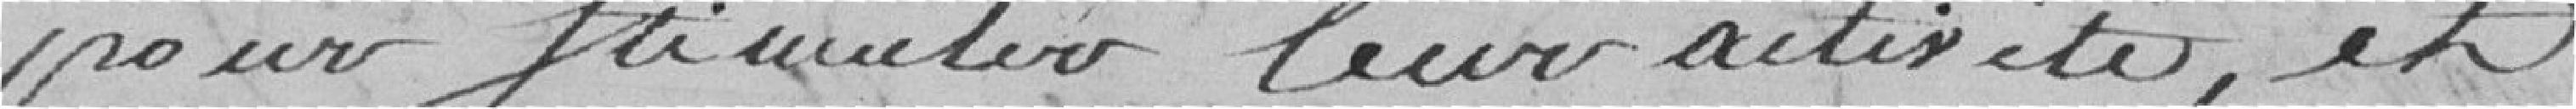
pour stimuler leur activité, et